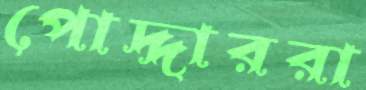
পোদ্দাররা